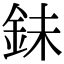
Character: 𮡮